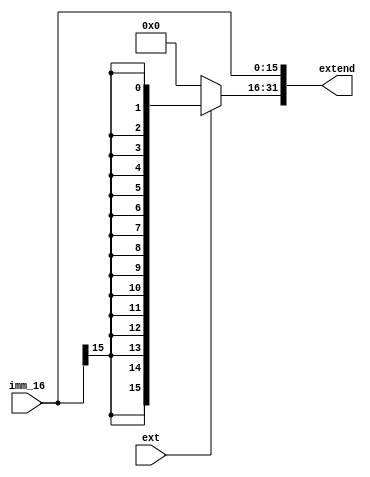
module extend(imm_16,ext,extend);

	input [15:0]imm_16;//16
	input ext;
	output reg [31:0]extend;//32

always@(imm_16,ext)		//1632
	begin
		if(ext)		//ext
			extend<={{16{imm_16[15]}},imm_16};	
		else 		 //ext
			begin
			extend[15:0]=imm_16;
			extend[31:16]=16'h0000;
			end
	end

endmodule